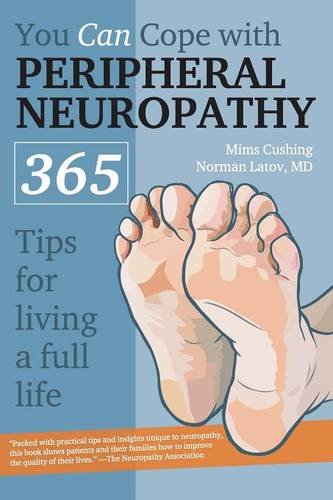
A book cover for You Can Cope With Peripheral Neuropathy: 365 Tips for Living a Full Life; Mims Cushing; Health, Fitness & Dieting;